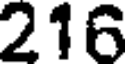
216